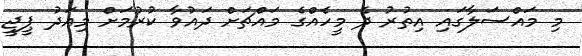
މި މައްސަލާގައި އިތުރު ދެ މީހެއްގެ މައްޗަށް ދައުވާ ކުރުމަށް މިއަދު ޕީޖީ